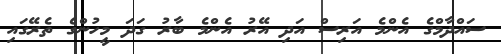
ސައްދާމްގެ އެންމެ އަރިސް އަދި އޭރު އެންމެ ބާރު ގަދަ މީހުންގެ ތެރޭގައި